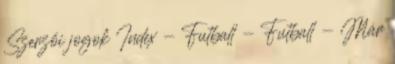
Szerzői jogok Index - Futball - Futball - Már